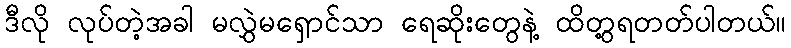
ဒီလို လုပ်တဲ့အခါ မလွှဲမရှောင်သာ ရေဆိုးတွေနဲ့ ထိတွ့ရတတ်ပါတယ်။